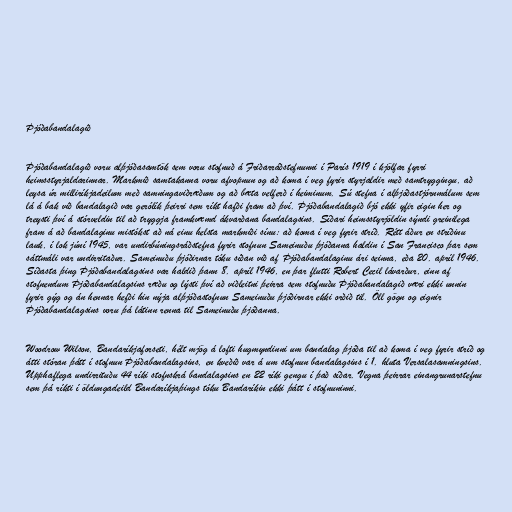
Þjóðabandalagið

Þjóðabandalagið voru alþjóðasamtök sem voru stofnuð á Friðarráðstefnunni í París 1919 í kjölfar fyrri
heimsstyrjaldarinnar. Markmið samtakanna voru afvopnun og að koma í veg fyrir styrjaldir með samtryggingu, að
leysa úr milliríkjadeilum með samningaviðræðum og að bæta velferð í heiminum. Sú stefna í alþjóðastjórnmálum sem
lá á bak við bandalagið var gerólík þeirri sem ríkt hafði fram að því. Þjóðabandalagið bjó ekki yfir eigin her og
treysti því á stórveldin til að tryggja framkvæmd ákvarðana bandalagsins. Síðari heimsstyrjöldin sýndi greinilega
fram á að bandalaginu mistókst að ná einu helsta markmiði sínu: að koma í veg fyrir stríð. Rétt áður en stríðinu
lauk, í lok júní 1945, var undirbúningsráðstefna fyrir stofnun Sameinuðu þjóðanna haldin í San Francisco þar sem
sáttmáli var undirritaður. Sameinuðu þjóðirnar tóku síðan við af Þjóðabandalaginu ári seinna, eða 20. apríl 1946.
Síðasta þing Þjóðabandalagsins var haldið þann 8. apríl 1946, en þar flutti Robert Cecil lávarður, einn af
stofnendum Þjóðabandalagsins ræðu og lýsti því að viðleitni þeirra sem stofnuðu Þjóðabandalagið væri ekki unnin
fyrir gýg og án hennar hefði hin nýja alþjóðastofnun Sameinuðu þjóðirnar ekki orðið til. Öll gögn og eignir
Þjóðabandalagsins voru þá látinn renna til Sameinuðu þjóðanna.

Woodrow Wilson, Bandaríkjaforseti, hélt mjög á lofti hugmyndinni um bandalag þjóða til að koma í veg fyrir stríð og
átti stóran þátt í stofnun Þjóðabandalagsins, en kveðið var á um stofnun bandalagsins í 1. hluta Versalasamningsins.
Upphaflega undirrituðu 44 ríki stofnskrá bandalagsins en 22 ríki gengu í það síðar. Vegna þeirrar einangrunarstefnu
sem þá ríkti í öldungadeild Bandaríkjaþings tóku Bandaríkin ekki þátt í stofnuninni.